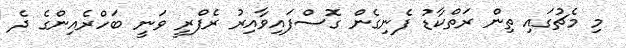
މި މެޗުގައި ތިން ރަތްކާޑު ފެނިގެން ގޮސްފައިވާއިރު ރެފްރީ ވަނީ ބަހްރެއިންގެ ދެ